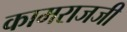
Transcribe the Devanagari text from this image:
कामराजजी